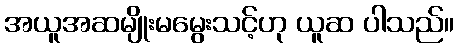
အယူအဆမျိုးမမွေးသင့်ဟု ယူဆ ပါသည်။